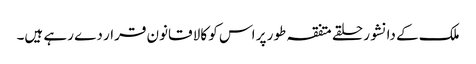
ملک کے دانشور حلقے متفقہ طور پر اس کو کالا قانون قرار دے رہے ہیں۔